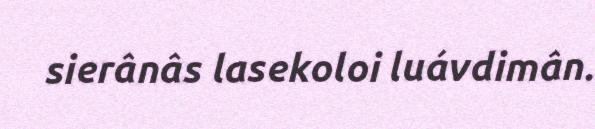
sierânâs lasekoloi luávdimân.